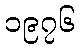
၁၉၇၆